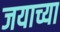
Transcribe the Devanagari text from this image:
जयाच्या